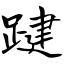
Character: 踺